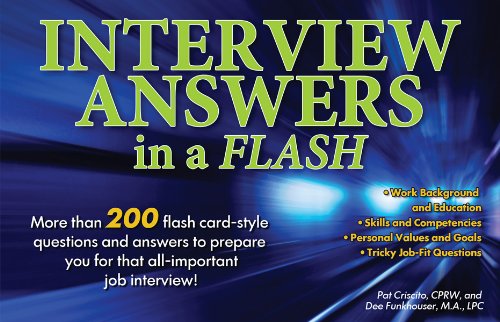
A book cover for Interview Answers in a Flash: More than 200 flash card-style questions and answers to prepare you for that all-important job interview!; Pat Criscito CPRW; Business & Money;